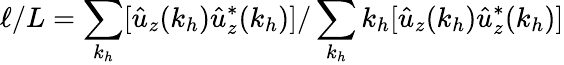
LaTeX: \ell/L=\sum_{k_{h}}[\hat{u}_{z}(k_{h})\hat{u}_{z}^{*}(k_{h})]/\sum_{k_{h}}k_{h}[\hat{u}_{z}(k_{h})\hat{u}_{z}^{*}(k_{h})]